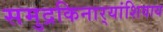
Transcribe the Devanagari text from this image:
समुद्रकिनार्‍यांशिवाय